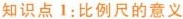
知识点1：比例尺的意义